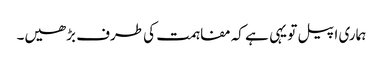
ہماری اپیل تو یہی ہے کہ مفاہمت کی طرف بڑھیں۔